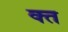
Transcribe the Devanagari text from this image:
क्‍त